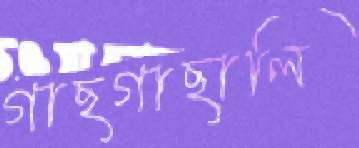
গাছগাছালি